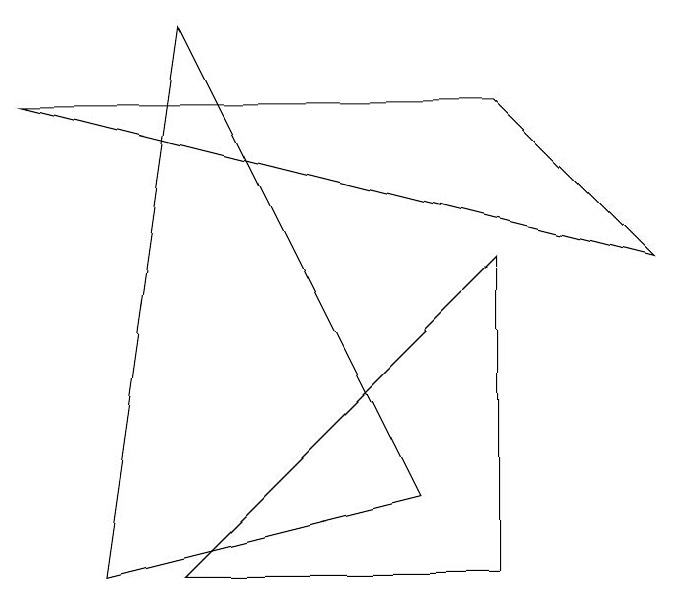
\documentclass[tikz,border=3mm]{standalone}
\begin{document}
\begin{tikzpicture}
\draw (8,4) -- (0,6) -- (6,6) -- cycle;
\draw (2,7) -- (1,0) -- (5,1) -- cycle;
\draw (6,0) -- (6,4) -- (2,0) -- cycle;
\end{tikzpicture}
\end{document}